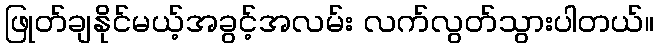
ဖြုတ်ချနိုင်မယ့်အခွင့်အလမ်း လက်လွတ်သွားပါတယ်။